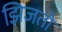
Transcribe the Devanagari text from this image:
झिजतो